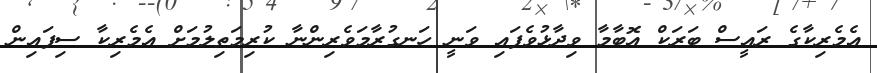
އެމެރިކާގެ ރައީސް ބަރަކް އޮބާމާ ވިދާޅުވެފައި ވަނީ ހަނގުރާމަވެރިންނާ ކުރިމަތިލުމަށް އެމެރިކާ ސިފައިން